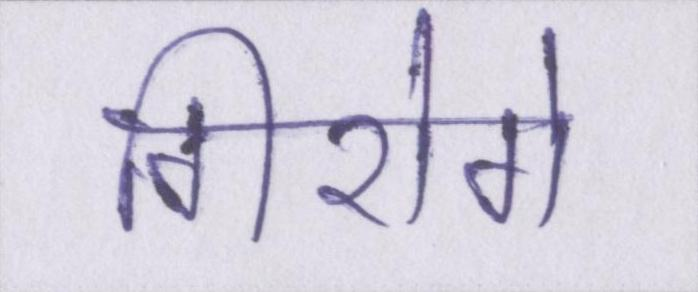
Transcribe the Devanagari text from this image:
गिरोगे